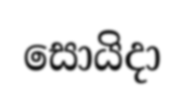
සොයිදා